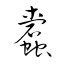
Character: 蠹